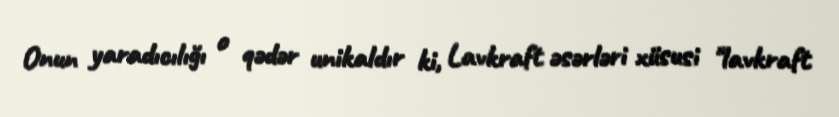
Onun yaradıcılığı o qədər unikaldır ki, Lavkraft əsərləri xüsusi "lavkraft